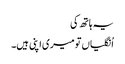
یہ ہاتھ کی
اُنگلیاں تو میری اپنی ہیں۔